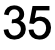
35